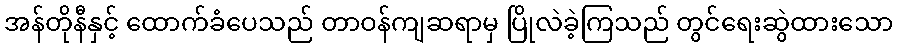
အန်တိုနီနှင့် ထောက်ခံပေသည် တာဝန်ကျဆရာမှ ပြိုလဲခဲ့ကြသည် တွင်ရေးဆွဲထားသော